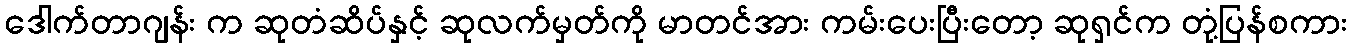
ဒေါက်တာဂျန်း က ဆုတံဆိပ်နှင့် ဆုလက်မှတ်ကို မာတင်အား ကမ်းပေးပြီးတော့ ဆုရှင်က တုံ့ပြန်စကား